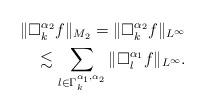
LaTeX: \begin{align*}\|\Box_k^{\alpha_2}f\|_{M_2} = \|\Box_k^{\alpha_2}f\|_{L^{\infty}} \\\lesssim \sum_{l\in\Gamma_k^{\alpha_1,\alpha_2}}\|\Box_l^{\alpha_1}f\|_{L^{\infty}}.\end{align*}